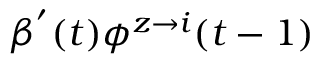
\beta ^ { ' } ( t ) \phi ^ { z \rightarrow i } ( t - 1 )